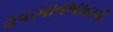
હવામાનખાતાએ